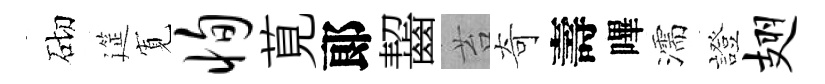
砌筵𡩖恂莧郞齧苔奇壽嗶濡證翅